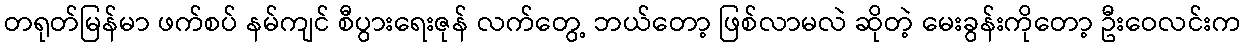
တရုတ်မြန်မာ ဖက်စပ် နမ်ကျင် စီပွားရေးဇုန် လက်တွေ့ ဘယ်တော့ ဖြစ်လာမလဲ ဆိုတဲ့ မေးခွန်းကိုတော့ ဦးဝေလင်းက